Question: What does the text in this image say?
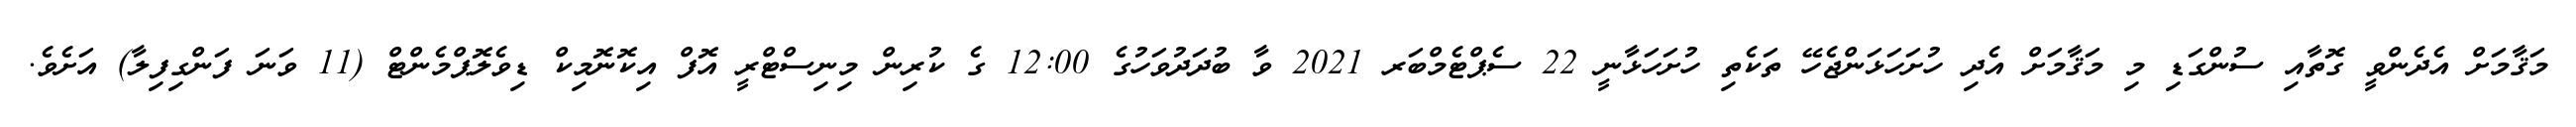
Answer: މަޤާމަށް އެދެންވީ ގޮތާއި ސުންގަޑި މި މަޤާމަށް އެދި ހުށަހަޅަންޖެހޭ ތަކެތި ހުށަހަޅާނީ 22 ސެޕްޓެމްބަރ 2021 ވާ ބުދަދުވަހުގެ 12:00 ގެ ކުރިން މިނިސްޓްރީ އޮފް އިކޮނޮމިކް ޑިވެލޮޕްމެންޓް (11 ވަނަ ފަންގިފިލާ) އަށެވެ.